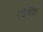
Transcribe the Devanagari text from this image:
रेजिमेंट।